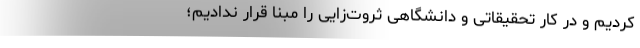
کردیم و در کار تحقیقاتی و دانشگاهی‌ ثروت‌زایی را مبنا قرار ندادیم؛